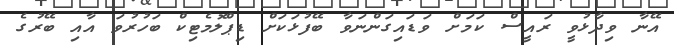
އޭނާ ވިދާޅުވީ ރައީސް ކަމަށް ވަޑައިގަންނަވާ ބޭފުޅަކަށް ޑިޕްލޮމެޓިކް ބަހުރުވަ އާއި ބޭރުގެ